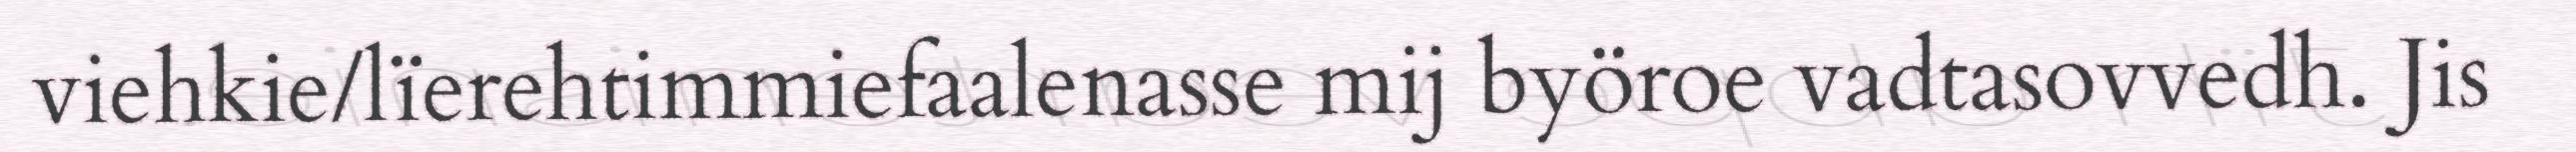
viehkie/lïerehtimmiefaalenasse mij byöroe vadtasovvedh. Jis